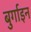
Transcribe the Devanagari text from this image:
बुर्गाइन